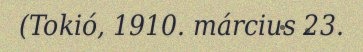
(Tokió, 1910. március 23.